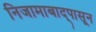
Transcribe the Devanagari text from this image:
निजामाबाद्पासून